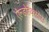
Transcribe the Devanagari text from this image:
ऐल्डोहेक्सोस